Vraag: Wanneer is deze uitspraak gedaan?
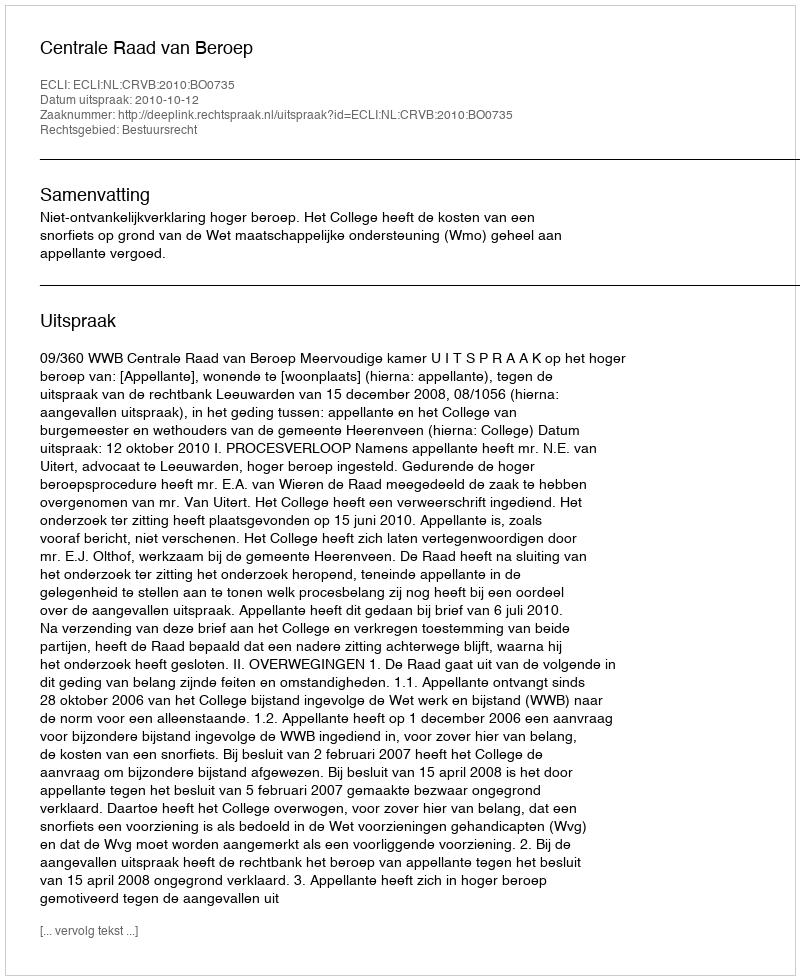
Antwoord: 2010-10-12